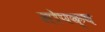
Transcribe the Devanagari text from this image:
सोपक्ष